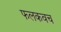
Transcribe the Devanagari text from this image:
फलकवच